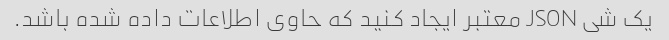
یک شی JSON معتبر ایجاد کنید که حاوی اطلاعات داده شده باشد.